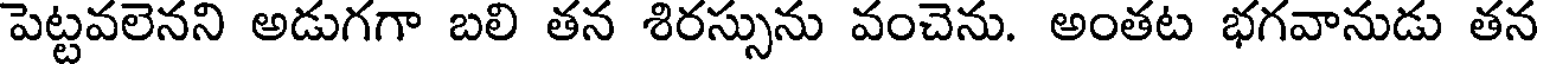
పెట్టవలెనని అడుగగా బలి తన శిరస్సును వంచెను. అంతట భగవానుడు తన